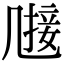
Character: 𠙤